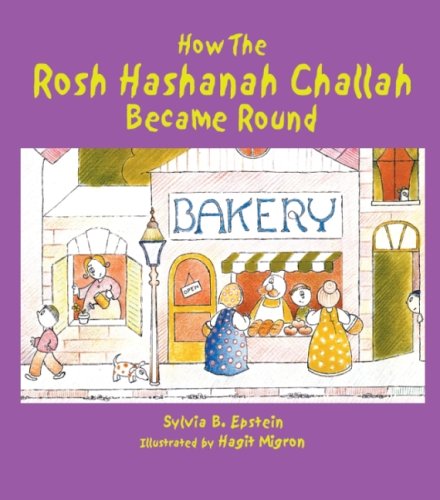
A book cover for How the Rosh Hashanah Challah Became Round; Sylvia B. Epstein; Children's Books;